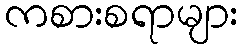
ကစားစရာများ